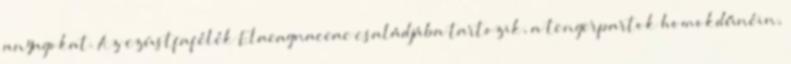
anyagokat. Az ezüstfafélék Elaeagnaceae családjába tartozik, a tengerpartok homokdűnéin,